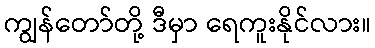
ကျွန်တော်တို့ ဒီမှာ ရေကူးနိုင်လား။